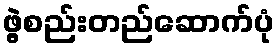
ဖွဲ့စည်းတည်ဆောက်ပုံ